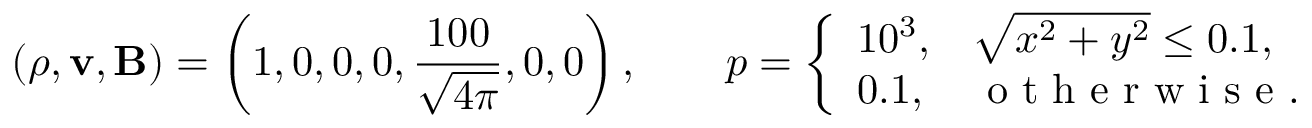
( \rho , \mathbf { v } , \mathbf { B } ) = \left( 1 , 0 , 0 , 0 , \frac { 1 0 0 } { \sqrt { 4 \pi } } , 0 , 0 \right) , \qquad p = \left\{ \begin{array} { l l } { 1 0 ^ { 3 } , } & { \sqrt { x ^ { 2 } + y ^ { 2 } } \leq 0 . 1 , } \\ { 0 . 1 , } & { \mathrm { ~ o ~ t ~ h ~ e ~ r ~ w ~ i ~ s ~ e ~ } . } \end{array} \right.